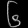
Digit: ၆